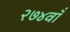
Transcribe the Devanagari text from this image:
२७४वाँ